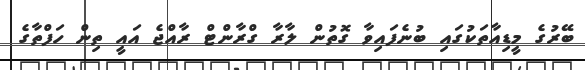
ބޭރުގެ މީޑިއާތަކުގައި ބުނެފައިވާ ގޮތުން ލާރާ ގްރާންޓް ރާއްޖެ އައީ ތިން ހަފްތާގެ